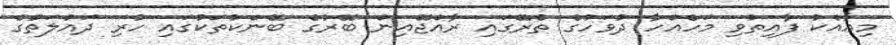
މިއާއެކު ފާއިތުވި މަހެއްހާ ދުވަހުގެ ތެރޭގައި ރާއްޖޭއިން ބޭރުގެ ބޭންކުތަކުގައި ހުރި ދައުލަތުގެ